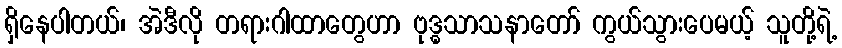
ရှိနေပါတယ်၊ အဲဒီလို တရားဂါထာတွေဟာ ဗုဒ္ဓသာသနာတော် ကွယ်သွားပေမယ့် သူတို့ရဲ့